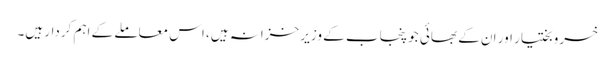
خسرو بختیار اور ان کے بھائی جو پنجاب کے وزیر خزانہ ہیں، اس معاملے کے اہم کردار ہیں۔